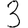
Digit: 3